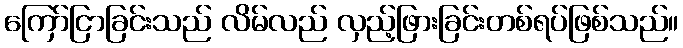
ကြော်ငြာခြင်းသည် လိမ်လည် လှည့်ဖြားခြင်းတစ်ရပ်ဖြစ်သည်။